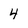
Character: 4